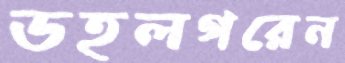
ডহলগরেন